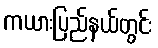
ကယားပြည်နယ်တွင်း